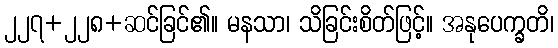
၂၂၇+၂၂၈+ဆင်ခြင်၏။ မနသာ၊ သိခြင်းစိတ်ဖြင့်။ အနုပေက္ခတိ၊